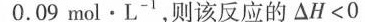
0 . 0 9 m o l \cdot L ^ { - 1 }$$，则该反应的$$△ H < 0$$